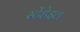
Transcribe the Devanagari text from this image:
स्टेंहेइल